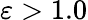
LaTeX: \varepsilon>1.0